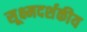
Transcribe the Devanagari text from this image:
सूक्ष्मदर्शकीय